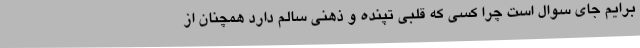
برایم جای سوال است چرا کسی که قلبی تپنده و ذهنی سالم دارد همچنان از